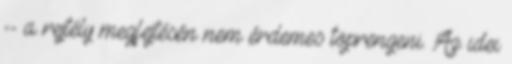
-- a rejtély megfejtésén nem érdemes töprengeni. Az idei